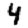
Digit: 4